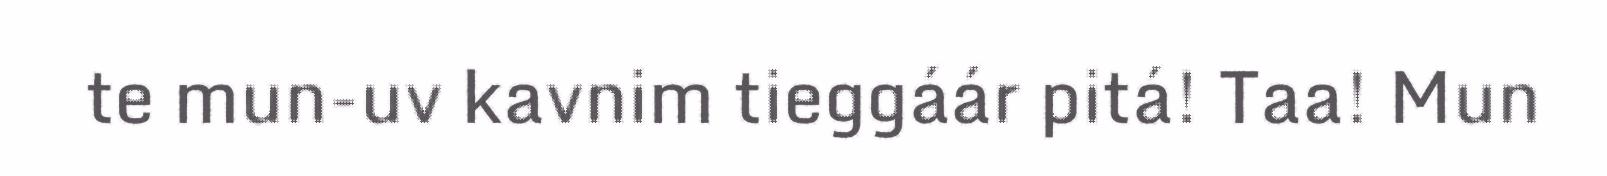
te mun-uv kavnim tieggáár pitá! Taa! Mun